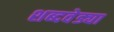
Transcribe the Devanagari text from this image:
शब्दवेड्या